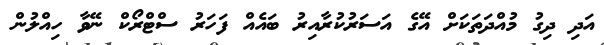
އަދި ދިގު މުއްދަތަކަށް އޭގެ އަސަރުކުރާއިރު ބައެއް ފަހަރު ސްޓްރޯކް ނޭވާ ހިއްލުން